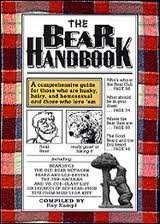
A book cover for The Bear Handbook: A Comprehensive Guide for Those Who Are Husky, Hairy and Homosexual, and Those Who Love 'Em; Ray Kampf; Gay & Lesbian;